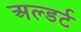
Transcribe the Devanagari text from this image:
अल्डर्ट